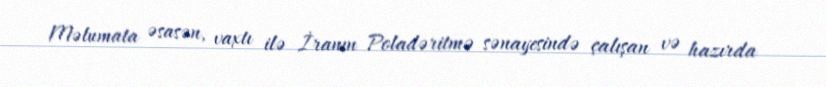
Məlumata əsasən, vaxtı ilə İranın Poladəritmə sənayesində çalışan və hazırda